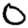
Digit: 0